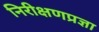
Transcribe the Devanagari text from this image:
निरीक्षणप्रज्ञा